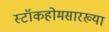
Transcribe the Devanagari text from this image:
स्टॉकहोमसारख्या